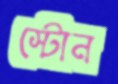
স্টোন